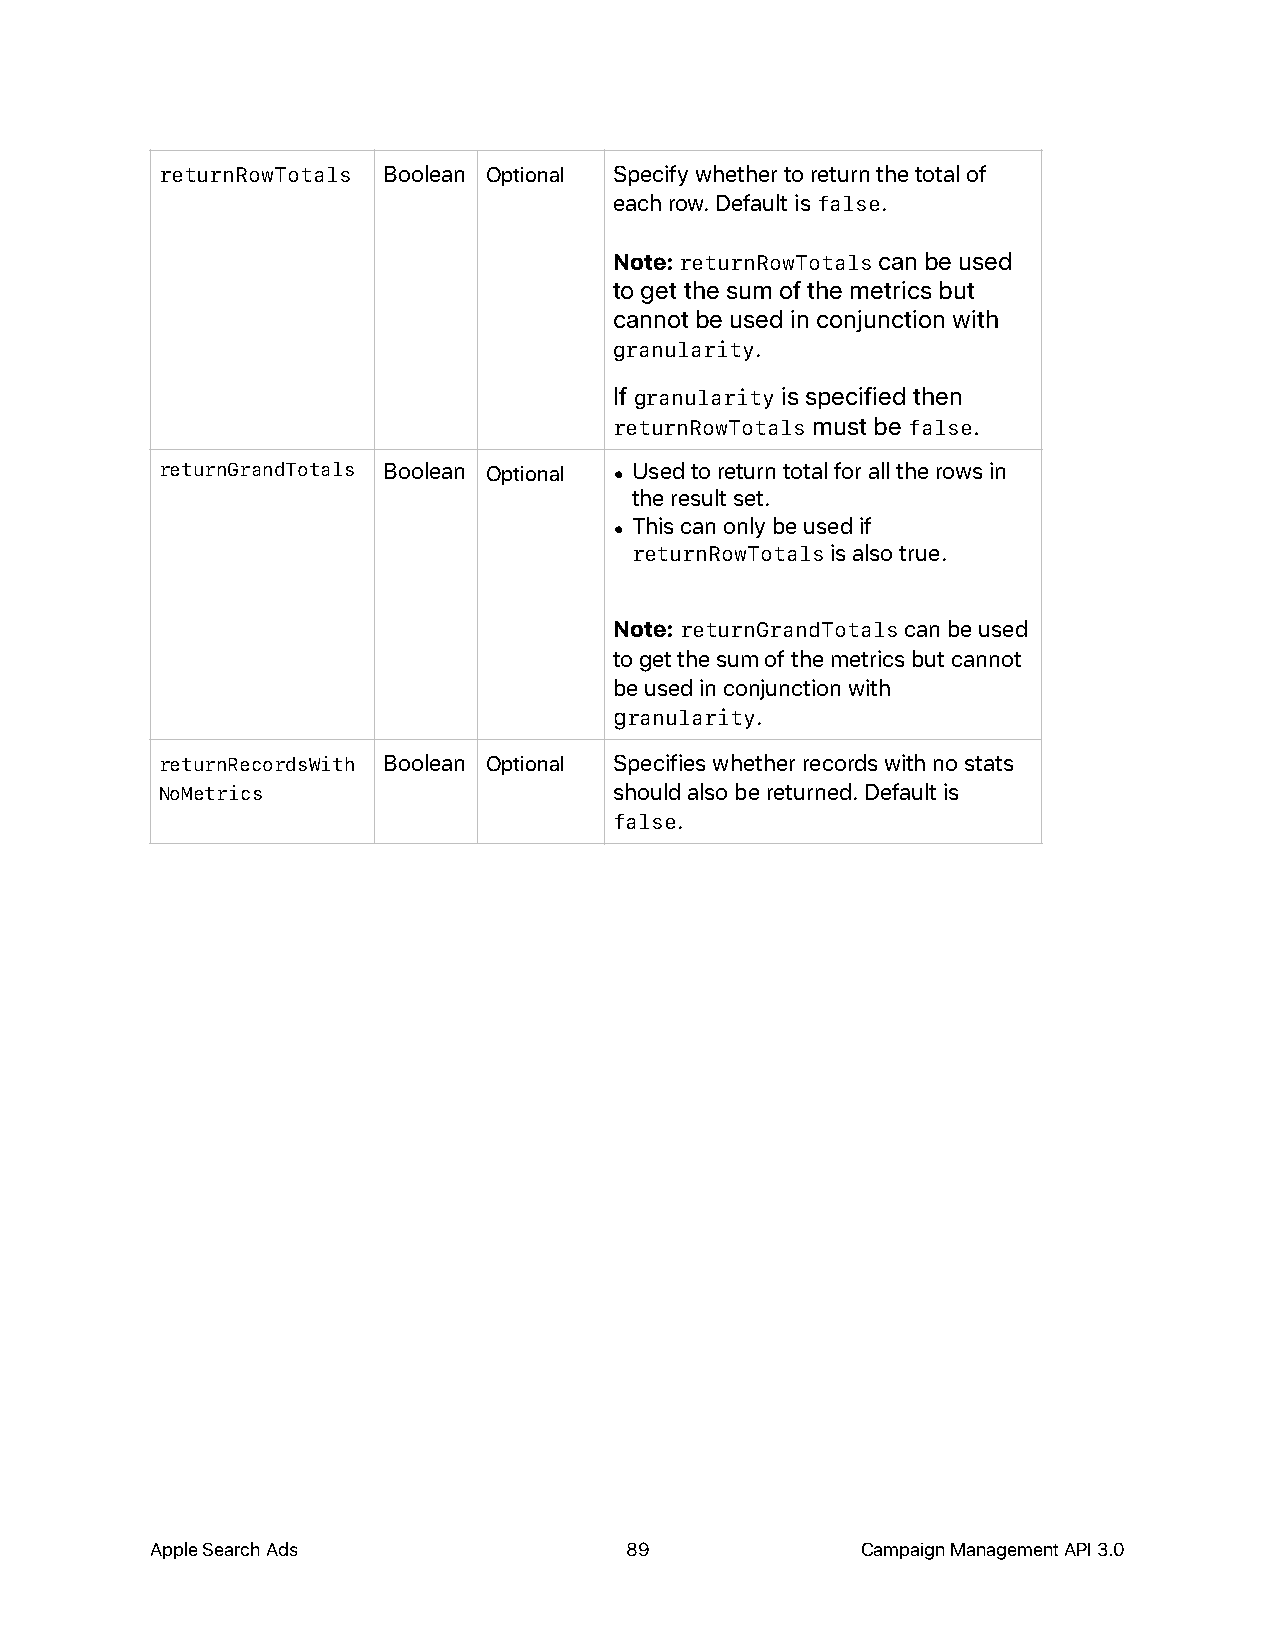
returnRowTotals Boolean Optional Specify whether to return the total of
 each row. Default is false.
 Note: returnRowTotals can be used
 to get the sum of the metrics but
 cannot be used in conjunction with
 granularity.
 If granularity is specified then
 returnRowTotals must be false.
 returnGrandTotals Boolean Optional • Used to return total for all the rows in
 the result set.
 • This can only be used if
 returnRowTotals is also true.
 Note: returnGrandTotals can be used
 to get the sum of the metrics but cannot
 be used in conjunction with
 granularity.
 returnRecordsWith Boolean Optional Specifies whether records with no stats
 NoMetrics                     should also be returned. Default is
 false.
 Apple Search Ads               89              Campaign Management API 3.0